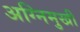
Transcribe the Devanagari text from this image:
अग्निमुखी